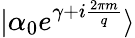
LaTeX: |\alpha_{0}e^{\gamma+i\frac{2\pi m}{q}}\rangle